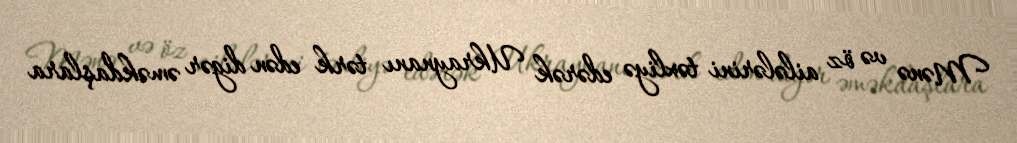
Mənə və öz ailələrini təxliyə edərək Ukraynanı tərk edən digər əməkdaşlara